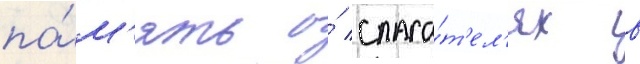
па́м'ять о́ спаса́т'ел'ях в